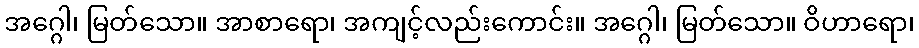
အဂ္ဂေါ၊ မြတ်သော။ အာစာရော၊ အကျင့်လည်းကောင်း။ အဂ္ဂေါ၊ မြတ်သော။ ဝိဟာရော၊